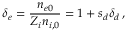
\delta _ { e } = \frac { n _ { e 0 } } { Z _ { i } n _ { i , 0 } } = 1 + s _ { d } \delta _ { d } \, ,